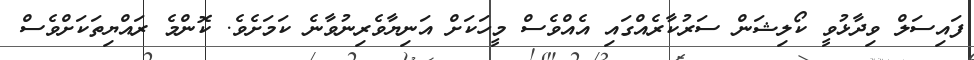
ފައިސަލް ވިދާޅުވީ ކޯލިޝަން ސަރުކާރެއްގައި އެއްވެސް މީހަކަށް އަނިޔާވެރިނުވާނެ ކަމަށެވެ. ކޮންމެ ރައްޔިތަކަށްވެސް